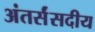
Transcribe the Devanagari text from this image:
अंतर्संसदीय